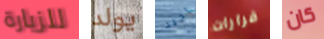
للزيارة يولد اجيد قرارات كان